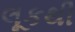
લૂકથી